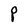
Character: P